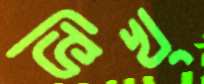
ভিখ্